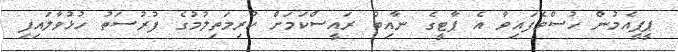
ޕީޕީއެމުން ހުސްވެފައިވާ އެ ޕާޓީގެ ނާއިބު ރައީސްކަމަށް ކުރިމަތިލުމުގެ ފުރުސަތު ހުޅުވާލައިފި